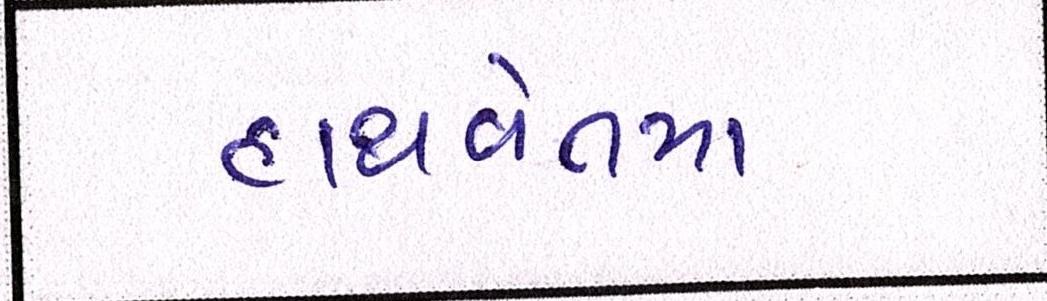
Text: હાથવેતમા